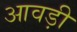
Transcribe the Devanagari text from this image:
आवड़ी